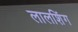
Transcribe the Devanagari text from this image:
लालशिंग